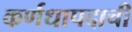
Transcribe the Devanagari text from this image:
कर्णधापदाची